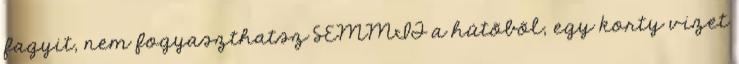
fagyit, nem fogyaszthatsz SEMMIT a hûtõbõl, egy korty vizet